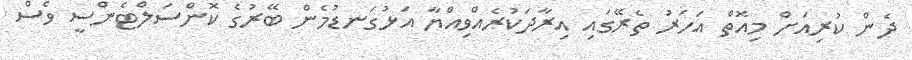
ދެން ކުރިއަށް މިއޮތް އަހަރު ތެރޭގައި އިރާދަކުރެއްވިއްޔާ އަޅުގަނޑުމެން ބޭރުގެ ކޮންސަލްޓެންސީ ވެސް